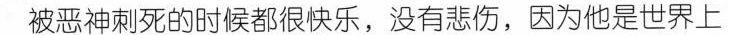
被恶神刺死的时候都很快乐，没有悲伤，因为他是世界上